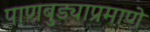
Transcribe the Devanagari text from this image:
पाणबुड्याप्रमाणे